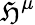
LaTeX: \mathfrak{H}^{\mu}